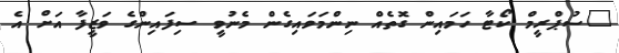
"ސުޕްރީމް ކޯޓާ ހަމައިން ގޮތެއް ނިންމަވައިގެން މެނުވީ ސިފައިންގެ ވަޒީފާ އަށް އެ